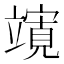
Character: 𮄼